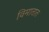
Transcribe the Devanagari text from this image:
विमातात